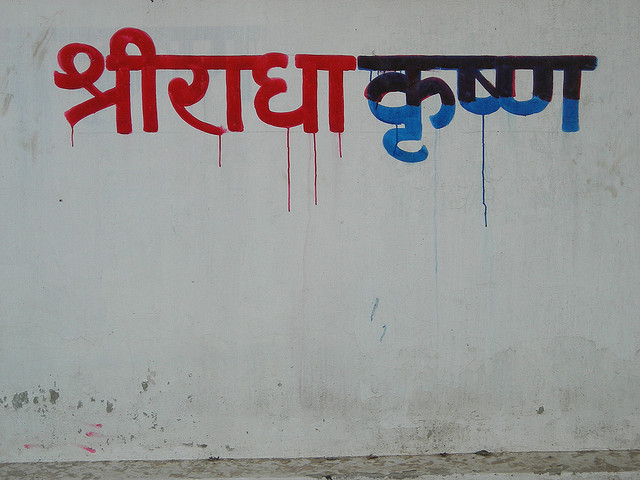
Language: hindi
Transcription: श्रीराधा कृष्ण